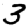
Digit: 3